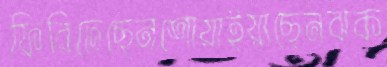
ফিরিতেছেনশোয়াইয়াছেনঝক